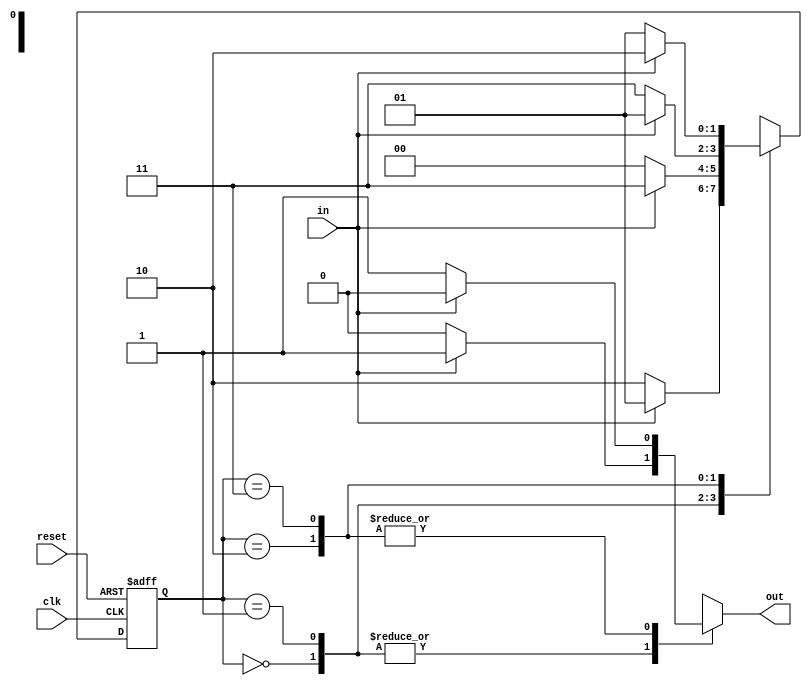
module MealyStateMachine (
    input clk,
    input reset,
    input in,
    output reg out
);

// Define States
parameter S0 = 2'b00;
parameter S1 = 2'b01;
parameter S2 = 2'b10;
parameter S3 = 2'b11;

// State and Next State Registers
reg [1:0] state, next_state;

// State Memory
always @(posedge clk or posedge reset) begin
    if (reset) begin
        state <= S0;
    end else begin
        state <= next_state;
    end
end

// Determine next state and update output based on input
always @* begin
    case (state)
        S0: begin
            if (in) begin
                next_state = S1;
                out = 1;
            end else begin
                next_state = S2;
                out = 0;
            end
        end
        
        S1: begin
            if (in) begin
                next_state = S3;
                out = 1;
            end else begin
                next_state = S0;
                out = 0;
            end
        end
        
        S2: begin
            if (in) begin
                next_state = S1;
                out = 0;
            end else begin
                next_state = S3;
                out = 1;
            end
        end
        
        S3: begin
            if (in) begin
                next_state = S2;
                out = 0;
            end else begin
                next_state = S1;
                out = 1;
            end
        end
    endcase
end

endmodule